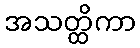
အသတ္ထိကာ